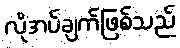
လိုအပ်ချက်ဖြစ်သည်